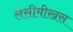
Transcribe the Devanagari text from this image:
लेसीमीख़स